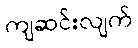
ကျဆင်းလျက်